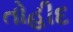
તોહીદ